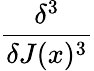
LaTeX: \frac{\delta^{3}}{\delta J(x)^{3}}